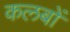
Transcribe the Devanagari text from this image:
कलबों